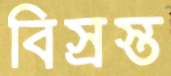
বিস্রস্ত